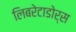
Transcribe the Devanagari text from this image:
लिबरेटाडोर्स